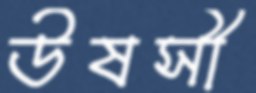
উষসী